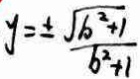
y = \pm \frac { \sqrt { b ^ { 2 } + 1 } } { b ^ { 2 } + 1 }